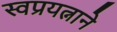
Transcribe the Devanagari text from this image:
स्वप्रयत्नाने